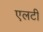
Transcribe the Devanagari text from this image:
एलटी